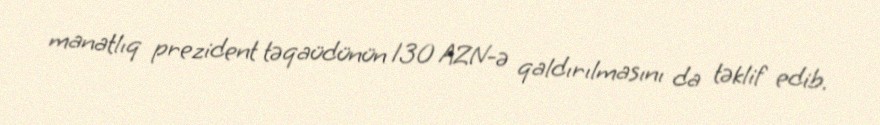
manatlıq prezident təqaüdünün 130 AZN-ə qaldırılmasını da təklif edib.